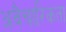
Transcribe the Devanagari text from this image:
अवैचारिकता